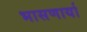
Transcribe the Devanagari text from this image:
भासणार्या